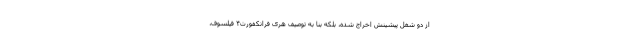
از دو شغل پیشینش اخراج شده، بلکه بنا به توصیف هری فرانکفورتِ۴ فیلسوف،